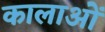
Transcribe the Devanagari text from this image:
कालाओं